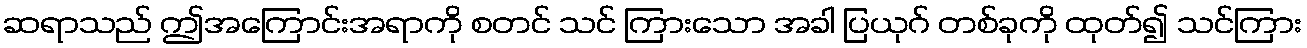
ဆရာသည် ဤအကြောင်းအရာကို စတင် သင် ကြားသော အခါ ပြယုဂ် တစ်ခုကို ထုတ်၍ သင်ကြား